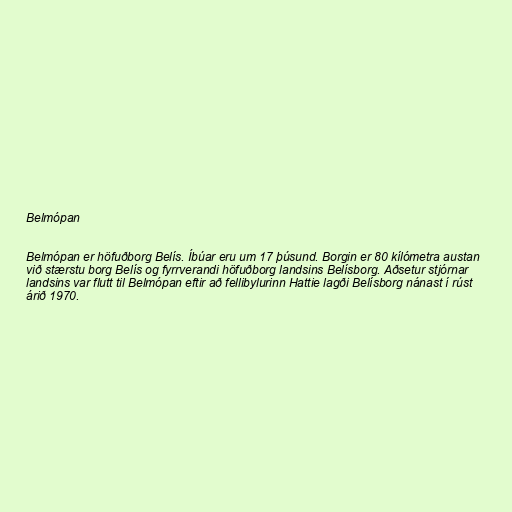
Belmópan

Belmópan er höfuðborg Belís. Íbúar eru um 17 þúsund. Borgin er 80 kílómetra austan
við stærstu borg Belís og fyrrverandi höfuðborg landsins Belísborg. Aðsetur stjórnar
landsins var flutt til Belmópan eftir að fellibylurinn Hattie lagði Belísborg nánast í rúst
árið 1970.